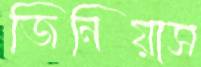
জিনিয়াস